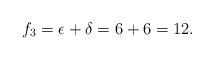
LaTeX: \begin{align*}f_3=\epsilon+\delta=6+6=12.\end{align*}